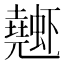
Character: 𰳤